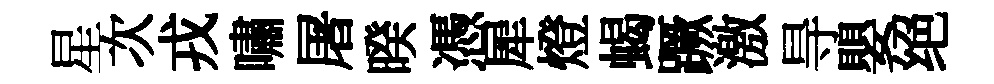
星次戎嘯屠暌憑犀燈蝎蹶激㝵嬰绝